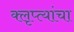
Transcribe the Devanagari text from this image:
क्लृप्त्यांचा